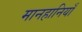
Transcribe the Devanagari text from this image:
मानहानियाँ